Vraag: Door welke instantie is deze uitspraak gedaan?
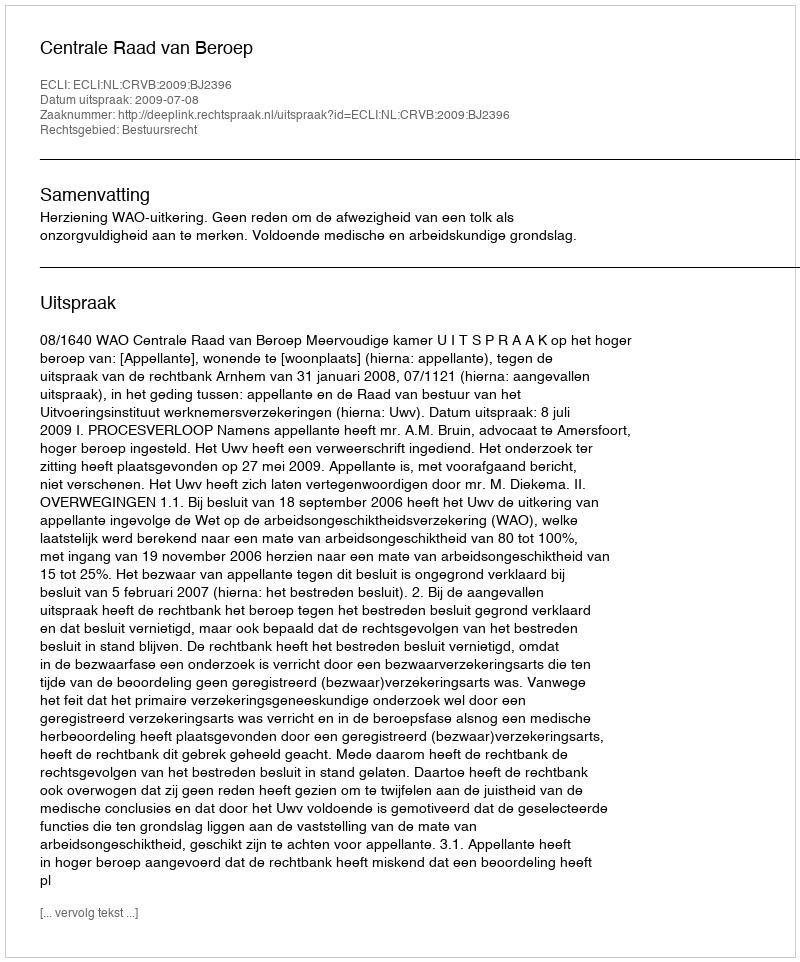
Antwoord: Centrale Raad van Beroep